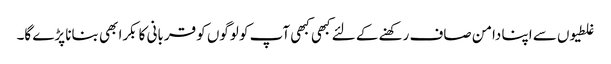
غلطیوں سے اپنا دامن صاف رکھنے کے لئے کبھی کبھی آپ کو لوگوں کو قربانی کا بکرا بھی بنانا پڑے گا۔